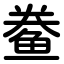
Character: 鲞